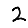
Digit: 2